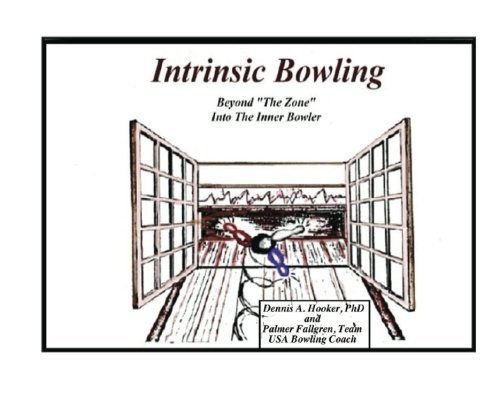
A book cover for Intrinsic Bowling - Beyond "The Zone" Into The Inner Bowler (Volume 1); Dr. Dennis A. Hooker PhD; Sports & Outdoors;